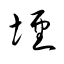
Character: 堙